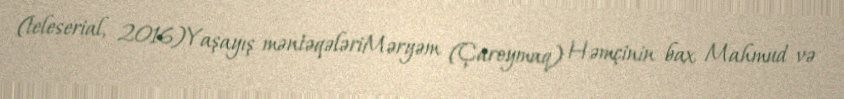
(teleserial, 2016)Yaşayış məntəqələriMəryəm (Çaroymaq) Həmçinin bax Mahmud və